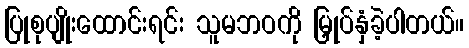
ပြုစုပျိုးထောင်းရင်း သူမဘဝကို မြှုပ်နှံခဲ့ပါတယ်။